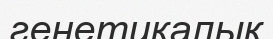
генетикалық